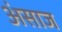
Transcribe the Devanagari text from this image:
अंसाज